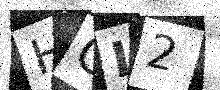
Text: HGL2